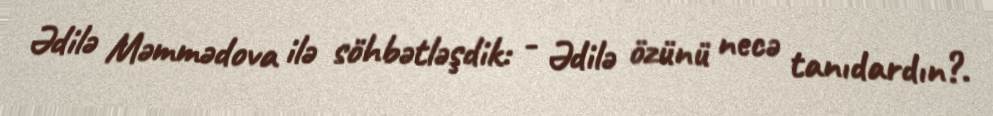
Ədilə Məmmədova ilə söhbətləşdik: - Ədilə özünü necə tanıdardın?.